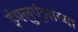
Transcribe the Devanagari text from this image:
इंफ्लुएंझाच्या